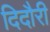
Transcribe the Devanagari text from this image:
दिदौरी